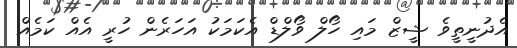
އެދުނީތީވެ ޝީޒް މައި ހޯލް ވޯލްޑް އެކަމަކު އަހަރެން ހުރީ އެއް ކަމެއް